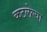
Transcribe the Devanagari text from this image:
कटलेल्या